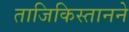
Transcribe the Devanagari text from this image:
ताजिकिस्तानने